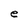
Character: e